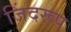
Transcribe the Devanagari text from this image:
जिंदरूप